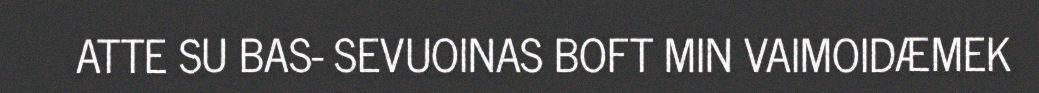
ATTE SU BAS- SEVUOINAS BOFT MIN VAIMOIDÆMEK